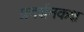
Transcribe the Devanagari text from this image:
प्रदर्शनकक्ष